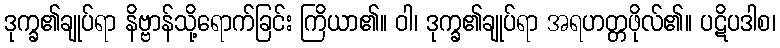
ဒုက္ခ၏ချုပ်ရာ နိဗ္ဗာန်သို့ရောက်ခြင်း ကြိယာ၏။ ဝါ၊ ဒုက္ခ၏ချုပ်ရာ အရဟတ္တဖိုလ်၏။ ပဋိပဒါစ၊